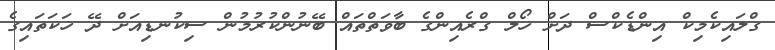
ގްލައިކެމިކް އިންޑެކްސް ދަށް ހޯލް ގްރެއިންގެ ބާވަތްތައް ބޭނުންކުރުމުން ސިކުނޑިއަށް ދޭ ހަކަތައިގެ